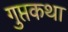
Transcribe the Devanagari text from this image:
गुप्तकथा